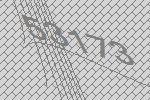
53173